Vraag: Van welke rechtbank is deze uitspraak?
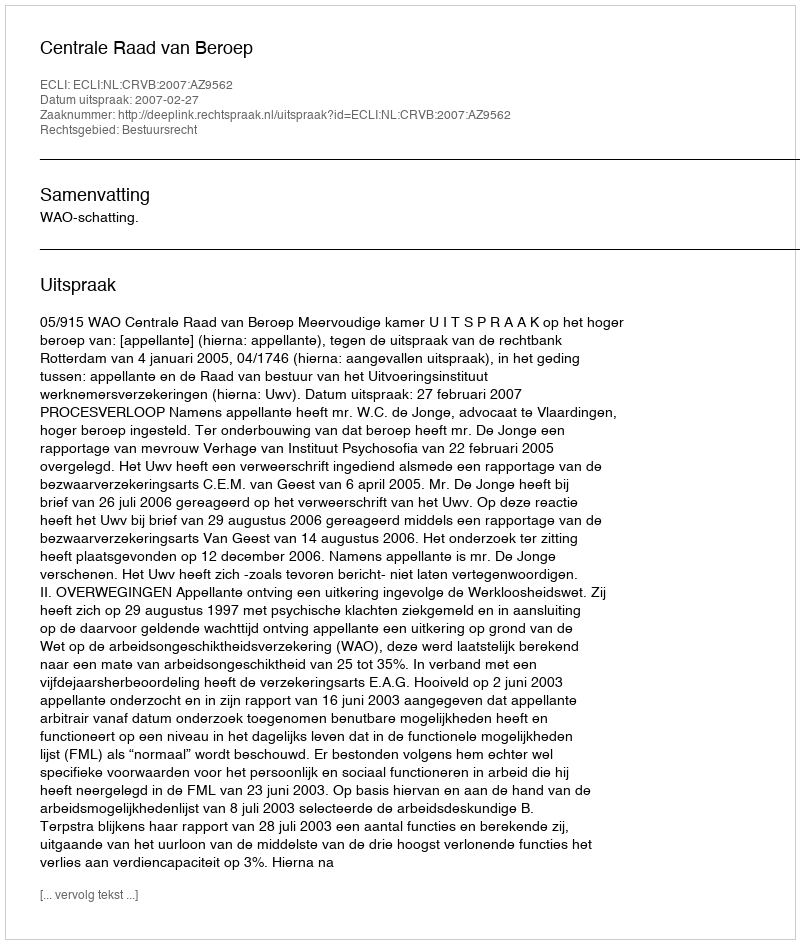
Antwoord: Centrale Raad van Beroep